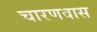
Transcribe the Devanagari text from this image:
चारणवास